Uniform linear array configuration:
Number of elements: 24
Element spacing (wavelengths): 0.25
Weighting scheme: kaiser
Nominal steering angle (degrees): -15
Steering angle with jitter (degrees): -15.959
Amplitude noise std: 0.05
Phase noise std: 0.05

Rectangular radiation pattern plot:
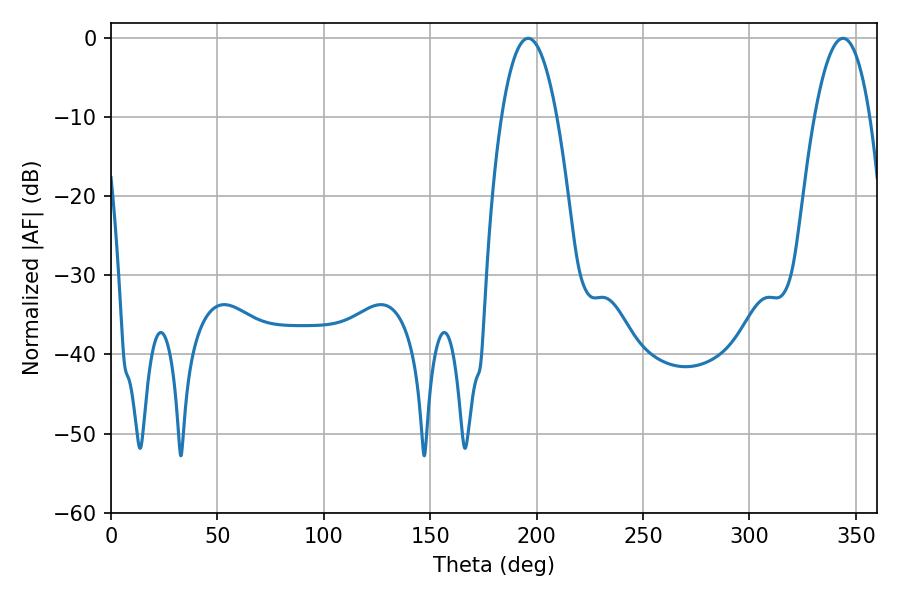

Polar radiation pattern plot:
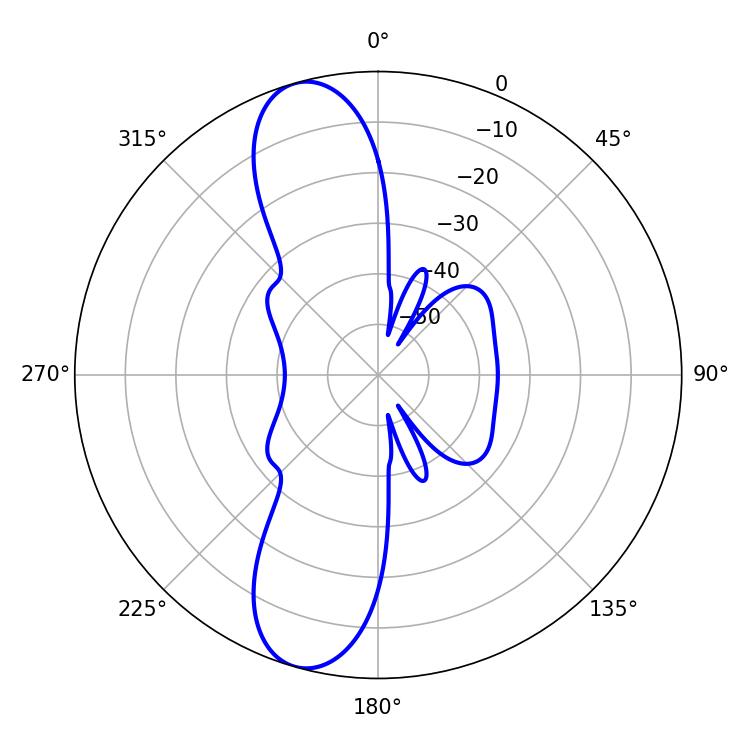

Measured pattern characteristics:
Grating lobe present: FALSE
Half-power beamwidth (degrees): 14.4
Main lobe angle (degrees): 196.02